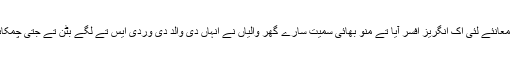
سالانہ معانئے لئی اک انگریز افسر آیا تے منو بھائی سمیت سارے گھر والیاں نے انہاں دی والد دی وردی ایس تے لگے بٹن تے جُتی چمکائی سی۔